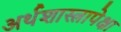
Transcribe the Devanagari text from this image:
अर्थशास्त्रापेक्षा